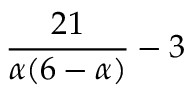
{ \frac { 2 1 } { \alpha ( 6 - \alpha ) } } - 3